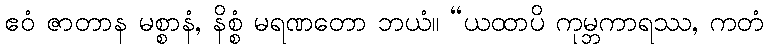
ဧဝံ ဇာတာန မစ္စာနံ, နိစ္စံ မရဏတော ဘယံ။ “ယထာပိ ကုမ္ဘကာရဿ, ကတံ